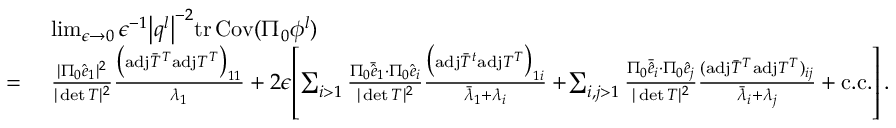
\begin{array} { r l } & { ~ \operatorname* { l i m } _ { \epsilon \rightarrow 0 } \epsilon ^ { - 1 } \big \vert \boldsymbol { q } ^ { l } \big \vert ^ { - 2 } \mathrm { t r } \, { \mathrm { C o v } ( \Pi _ { 0 } { \phi } ^ { l } ) } } \\ { = } & { ~ \frac { \vert \Pi _ { 0 } \hat { e } _ { 1 } \vert ^ { 2 } } { \vert \operatorname* { d e t } T \vert ^ { 2 } } \frac { \big ( \mathrm { a d j } \bar { T } ^ { T } \mathrm { a d j } T ^ { T } \big ) _ { 1 1 } } { \lambda _ { 1 } } + 2 \epsilon \! \left[ \sum _ { i > 1 } \frac { \Pi _ { 0 } \bar { \hat { e } } _ { 1 } \cdot \Pi _ { 0 } \hat { e } _ { i } } { \vert \operatorname* { d e t } T \vert ^ { 2 } } \frac { \big ( \mathrm { a d j } \bar { T } ^ { t } \mathrm { a d j } T ^ { T } \big ) _ { 1 i } } { \bar { \lambda } _ { 1 } + \lambda _ { i } } + \! \sum _ { i , j > 1 } \frac { \Pi _ { 0 } \bar { \hat { e } } _ { i } \cdot \Pi _ { 0 } \hat { e } _ { j } } { \vert \operatorname* { d e t } T \vert ^ { 2 } } \frac { ( \mathrm { a d j } \bar { T } ^ { T } \mathrm { a d j } T ^ { T } ) _ { i j } } { \bar { \lambda } _ { i } + \lambda _ { j } } + \mathrm { c . c . } \right] . } \end{array}